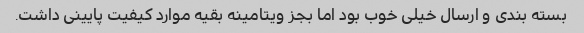
بسته بندی و ارسال خیلی خوب بود اما بجز ویتامینه بقیه موارد کیفیت پایینی داشت.